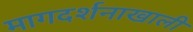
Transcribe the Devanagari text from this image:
मागदर्शनाखाली